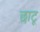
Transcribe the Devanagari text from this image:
छाटू